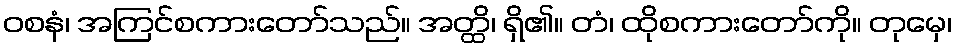
ဝစနံ၊ အကြင်စကားတော်သည်။ အတ္ထိ၊ ရှိ၏။ တံ၊ ထိုစကားတော်ကို။ တုမှေ၊